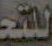
للتج